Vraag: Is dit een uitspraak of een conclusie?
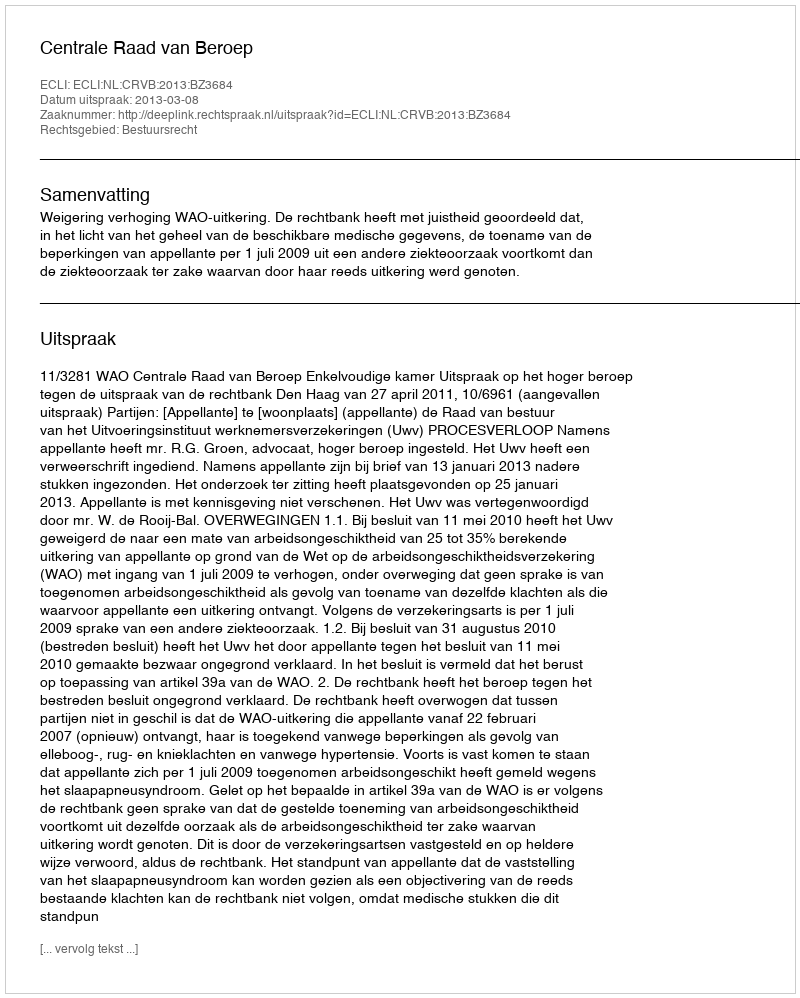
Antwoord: Uitspraak